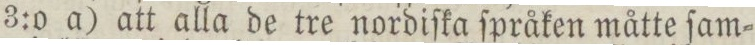
3:0 a) att alla de tre nordiſka ſpråken måtte ſam=